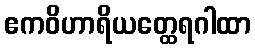
ဧကဝိဟာရိယတ္ထေရဂါထာ